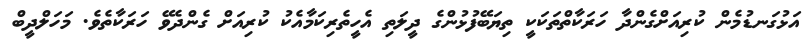
އަޅުގަނޑުމެން ކުރިއަށްގެންދާ ހަރަކާތްތަކަކީ ތިޔަބޭފުޅުންގެ ދީލަތި އެހީތެރިކަމާއެކު ކުރިއަށް ގެންދެވޭ ހަރަކާތެވެ. މަހަލްދީބް